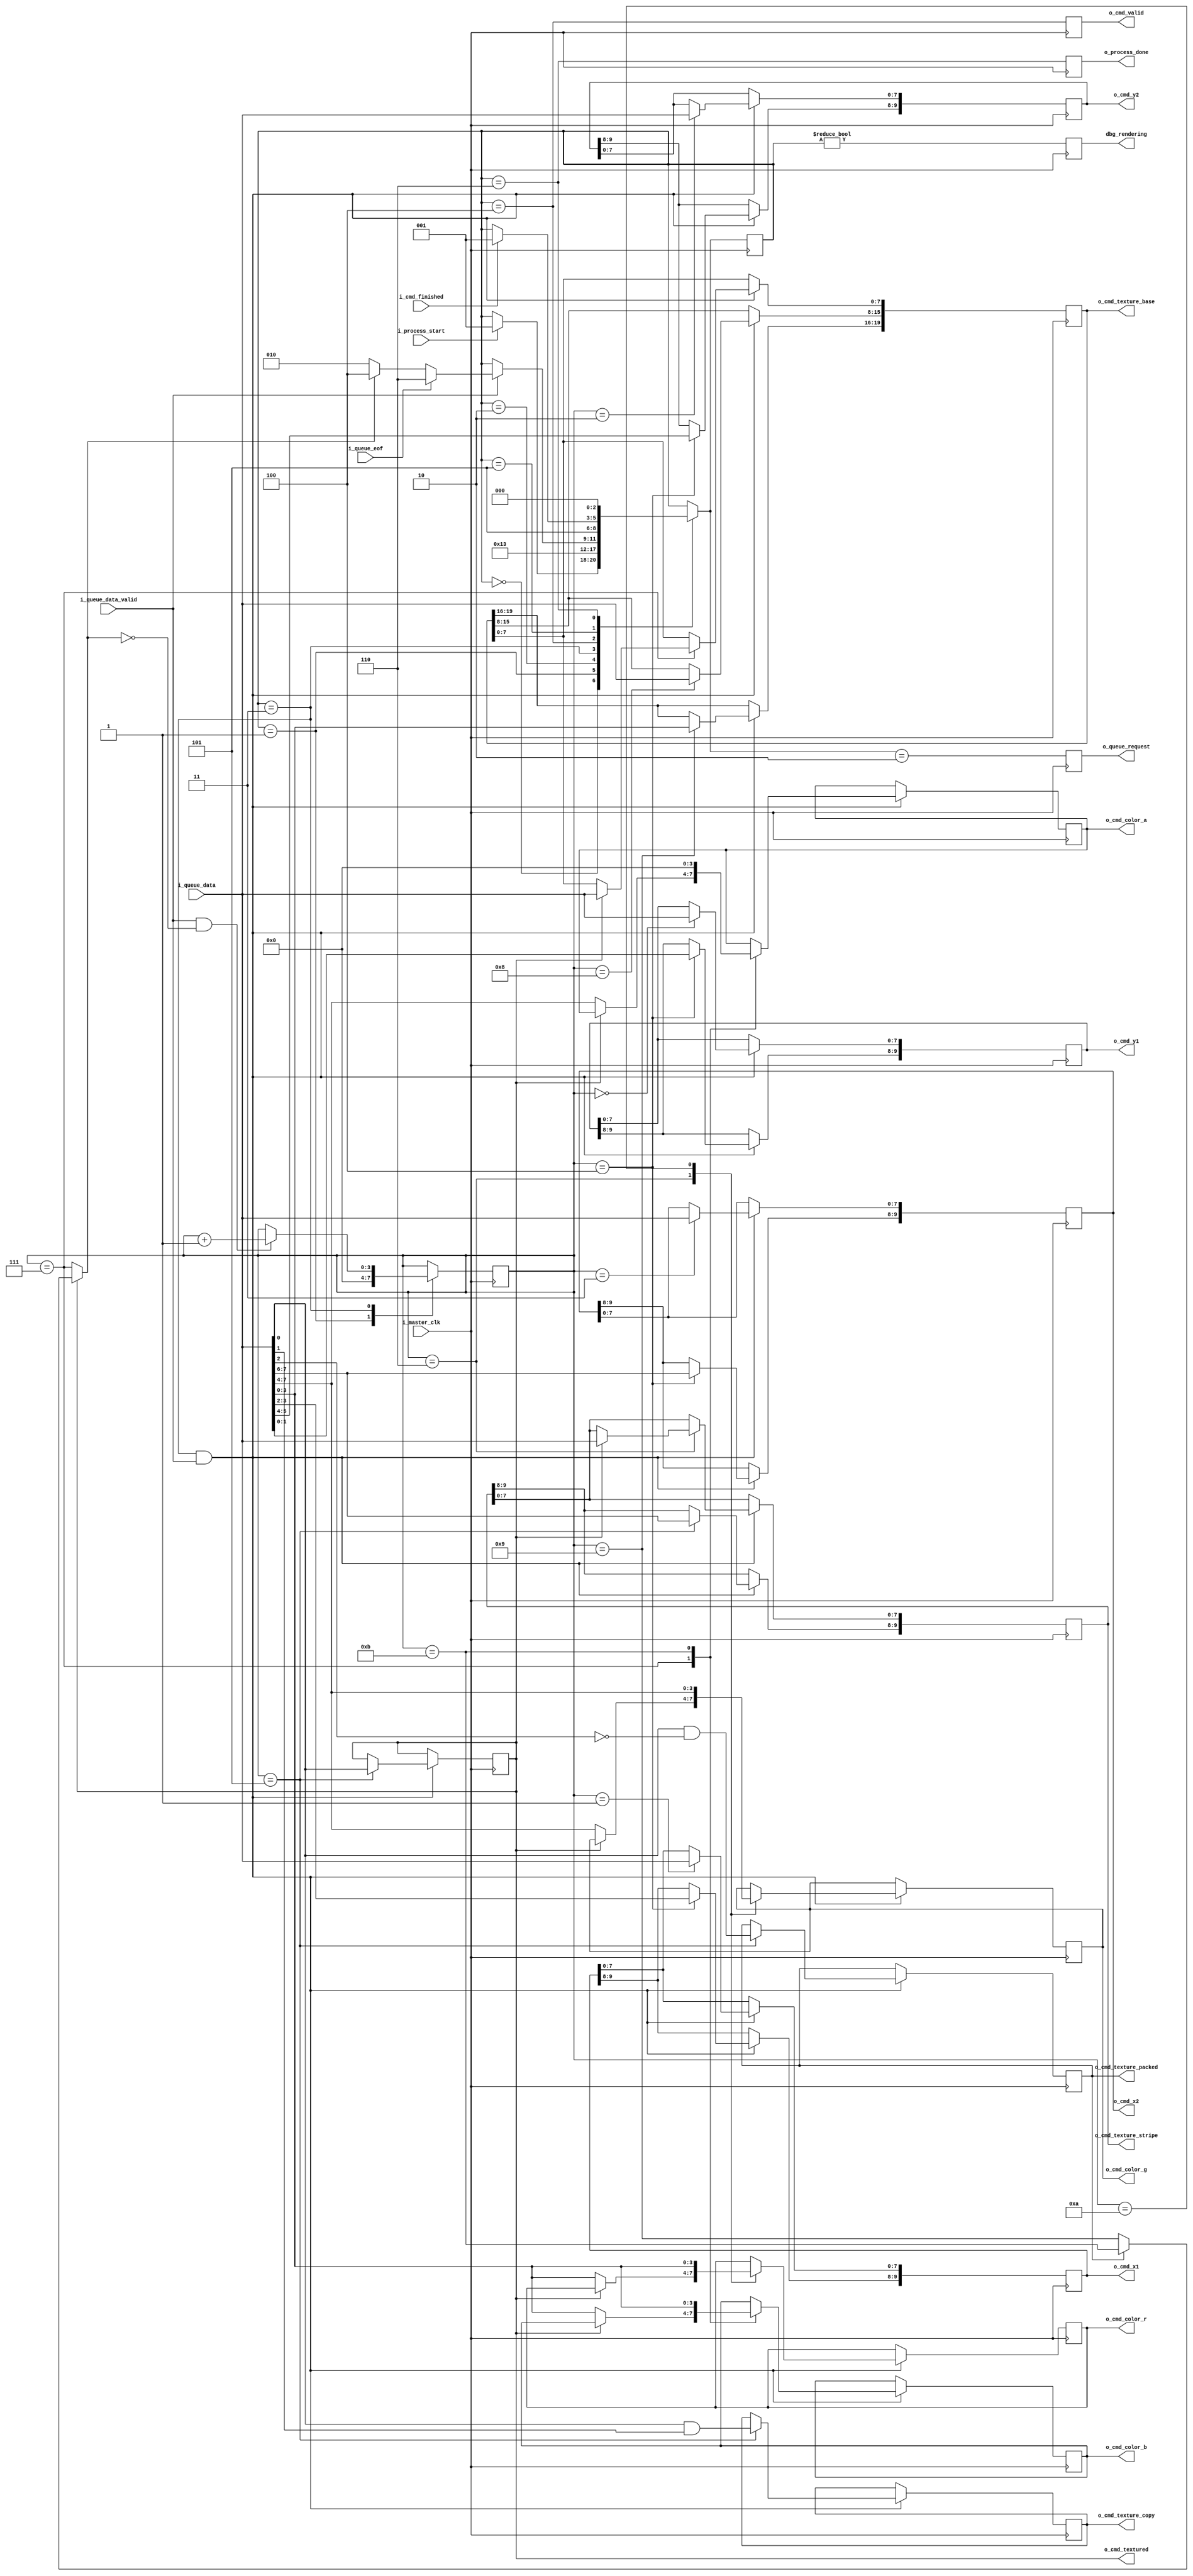
module CommandProcessor (
        // master clock domain
        i_master_clk,

        // BUFFER CONTROLLER interface (master clock domain)
        i_process_start,
        o_process_done,

        // COMMAND QUEUE interface (master clock domain)
        o_queue_request,
        i_queue_data,
        i_queue_data_valid,
        i_queue_eof,

        // RENDERER interface
        o_cmd_valid,
        i_cmd_finished,
        o_cmd_x1,
        o_cmd_y1,
        o_cmd_x2,
        o_cmd_y2,
        o_cmd_color_r,
        o_cmd_color_g,
        o_cmd_color_b,
        o_cmd_color_a,
        o_cmd_textured,
        o_cmd_texture_packed,
        o_cmd_texture_copy,
        o_cmd_texture_base,
        o_cmd_texture_stripe,

        // DEBUG interface
        dbg_rendering

    );

    input           i_master_clk;

    input           i_process_start;
    output          o_process_done;

    output          o_queue_request;
    input[7:0]      i_queue_data;
    input           i_queue_data_valid;
    input           i_queue_eof;

    output          o_cmd_valid;
    input           i_cmd_finished;
    output[9:0]     o_cmd_x1;
    output[9:0]     o_cmd_y1;
    output[9:0]     o_cmd_x2;
    output[9:0]     o_cmd_y2;
    output[3:0]     o_cmd_color_r;
    output[3:0]     o_cmd_color_g;
    output[3:0]     o_cmd_color_b;
    output[3:0]     o_cmd_color_a;
    output          o_cmd_textured;
    output          o_cmd_texture_packed;
    output          o_cmd_texture_copy;
    output[19:0]    o_cmd_texture_base;
    output[9:0]     o_cmd_texture_stripe;

    output reg      dbg_rendering;

    // ***********************************************
    // **                                           **
    // **   COMMAND FETCHER                         **
    // **                                           **
    // ***********************************************

    // states
    localparam STATE_FETCH_IDLE             = 0;
    localparam STATE_FETCH_START            = 1;
    localparam STATE_FETCH_REQUEST          = 2;
    localparam STATE_FETCH_WAIT             = 3;
    localparam STATE_FETCH_PROCESS_START    = 4;
    localparam STATE_FETCH_PROCESS_WAIT     = 5;
    localparam STATE_FETCH_DONE             = 6;

    // state machine
    reg[2:0]    r_fetch_state = STATE_FETCH_IDLE;
    reg[2:0]    w_next_fetch_state;

    always @(*) begin
        w_next_fetch_state = r_fetch_state;

        case (r_fetch_state)

            STATE_FETCH_IDLE: begin
                if(i_process_start)
                    w_next_fetch_state = STATE_FETCH_START;
            end

            STATE_FETCH_START:
                w_next_fetch_state = STATE_FETCH_REQUEST;

            STATE_FETCH_REQUEST:
                w_next_fetch_state = STATE_FETCH_WAIT;

            STATE_FETCH_WAIT: begin
                if(i_queue_data_valid) begin
                    if(i_queue_eof)
                        w_next_fetch_state = STATE_FETCH_DONE;
                    else if(w_last_byte)
                        w_next_fetch_state = STATE_FETCH_PROCESS_START;
                    else
                        w_next_fetch_state = STATE_FETCH_REQUEST;
                end
            end

            STATE_FETCH_PROCESS_START:
                w_next_fetch_state = STATE_FETCH_PROCESS_WAIT;

            STATE_FETCH_PROCESS_WAIT: begin
                if(i_cmd_finished)
                    w_next_fetch_state = STATE_FETCH_START;
            end

            STATE_FETCH_DONE:
                w_next_fetch_state = STATE_FETCH_IDLE;

        endcase

    end

    always @(posedge i_master_clk)
        r_fetch_state <= w_next_fetch_state;

    // queue fetch request
    reg     r_queue_request = 0;

    always @(posedge i_master_clk)
        r_queue_request <= (w_next_fetch_state == STATE_FETCH_REQUEST);

    assign o_queue_request = r_queue_request;


    // queue processed flag
    reg     r_queue_finished = 0;

    always @(posedge i_master_clk)
        r_queue_finished <= r_fetch_state == STATE_FETCH_DONE;

    assign o_process_done = r_queue_finished;

    // command ready flag
    reg     r_cmd_ready = 0;

    always @(posedge i_master_clk)
        r_cmd_ready <= r_fetch_state == STATE_FETCH_PROCESS_START;

    assign o_cmd_valid = r_cmd_ready;

    // rendering flag
    always @(posedge i_master_clk)
        dbg_rendering <= r_fetch_state != STATE_FETCH_IDLE;

    // ***********************************************
    // **                                           **
    // **   COMMAND DECODER                         **
    // **                                           **
    // ***********************************************

    // command content
    reg[9:0]    r_cmd_x1;
    reg[9:0]    r_cmd_y1;
    reg[9:0]    r_cmd_x2;
    reg[9:0]    r_cmd_y2;
    reg[3:0]    r_cmd_color_r;
    reg[3:0]    r_cmd_color_g;
    reg[3:0]    r_cmd_color_b;
    reg[3:0]    r_cmd_color_a;
    reg         r_cmd_textured = 0;
    reg         r_cmd_texture_packed;
    reg         r_cmd_texture_copy;
    reg[9:0]    r_cmd_texture_stripe;
    reg[19:0]   r_cmd_texture_base;

    // byte counter
    reg[3:0]    r_cmd_byte;

    always @(posedge i_master_clk) begin

        case (r_fetch_state)

            STATE_FETCH_START: 
                r_cmd_byte <= 0;

            STATE_FETCH_WAIT: begin
                if(i_queue_data_valid && !w_last_byte)
                    r_cmd_byte <= r_cmd_byte + 1;
            end
            
        endcase

    end

    // SIGNAL: last byte of the command
    wire        w_last_byte = r_cmd_textured
        ? (r_cmd_texture_packed
            ? (r_cmd_byte == 11) 
            : (r_cmd_byte == 9))
        : (r_cmd_byte == 7);

    // decode command
    always @(posedge i_master_clk) begin
        if((r_fetch_state == STATE_FETCH_WAIT) && i_queue_data_valid) begin
            case (r_cmd_byte)

                4'h0:
                    r_cmd_y1[7:0] <= i_queue_data;

                4'h1:
                    r_cmd_x1[7:0] <= i_queue_data;

                4'h2:
                    r_cmd_y2[7:0] <= i_queue_data;

                4'h3:
                    r_cmd_x2[7:0] <= i_queue_data;

                4'h4: begin
                    r_cmd_y1[9:8] <= i_queue_data[1:0];
                    r_cmd_x1[9:8] <= i_queue_data[3:2];
                    r_cmd_y2[9:8] <= i_queue_data[5:4];
                    r_cmd_x2[9:8] <= i_queue_data[7:6];
                end

                4'h5: begin
                    r_cmd_textured <= i_queue_data[0];
                    r_cmd_texture_copy <= i_queue_data[0] && i_queue_data[1];
                    r_cmd_texture_packed <= i_queue_data[0] && !i_queue_data[2];
                    r_cmd_texture_stripe[9:8] <= i_queue_data[7:6];
                end

                4'h6: begin
                    if(r_cmd_textured) begin
                        r_cmd_texture_stripe[7:0] <= i_queue_data;
                    end else begin
                        r_cmd_color_g <= i_queue_data[7:4];
                        r_cmd_color_r <= i_queue_data[3:0];
                    end
                end

                4'h7: begin
                    if(r_cmd_textured) begin
                        r_cmd_texture_base[7:0] <= i_queue_data;
                    end else begin
                        r_cmd_color_a <= i_queue_data[7:4];
                        r_cmd_color_b <= i_queue_data[3:0];
                    end
                end
                
                4'h8:
                    r_cmd_texture_base[15:8] <= i_queue_data;

                4'h9:
                    r_cmd_texture_base[19:16] <= i_queue_data[3:0]; 

                4'ha: begin
                    r_cmd_color_g <= i_queue_data[7:4];
                    r_cmd_color_r <= i_queue_data[3:0];
                end

                4'hb: begin
                    r_cmd_color_a <= 0;
                    r_cmd_color_b <= i_queue_data[3:0];
                end

            endcase
        end
    end

    assign o_cmd_x1             = r_cmd_x1;
    assign o_cmd_y1             = r_cmd_y1;
    assign o_cmd_x2             = r_cmd_x2;
    assign o_cmd_y2             = r_cmd_y2;
    assign o_cmd_color_r        = r_cmd_color_r;
    assign o_cmd_color_g        = r_cmd_color_g;
    assign o_cmd_color_b        = r_cmd_color_b;
    assign o_cmd_color_a        = r_cmd_color_a;
    assign o_cmd_textured       = r_cmd_textured;
    assign o_cmd_texture_packed = r_cmd_texture_packed;
    assign o_cmd_texture_copy   = r_cmd_texture_copy;
    assign o_cmd_texture_base   = r_cmd_texture_base;
    assign o_cmd_texture_stripe = r_cmd_texture_stripe;
    


endmodule